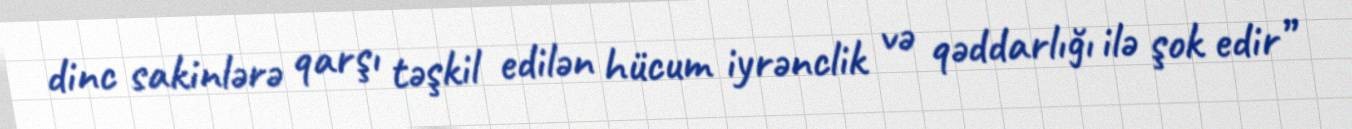
dinc sakinlərə qarşı təşkil edilən hücum iyrənclik və qəddarlığı ilə şok edir”